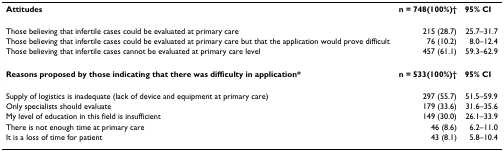
<table><thead><tr><td><b>Attitudes</b></td><td><b>n = 748(100%)†</b></td><td><b>95% CI</b></td></tr></thead><tbody><tr><td>Those believing that infertile cases could be evaluated at primary care</td><td>215 (28.7)</td><td>25.7–31.7</td></tr><tr><td>Those believing that infertile cases could be evaluated at primary care but that the application would prove difficult</td><td>76 (10.2)</td><td>8.0–12.4</td></tr><tr><td>Those believing that infertile cases cannot be evaluated at primary care level</td><td>457 (61.1)</td><td>59.3–62.9</td></tr><tr><td><b>Reasons proposed by those indicating that there was difficulty in application*</b></td><td><b>n = 533(100%)†</b></td><td><b>95% CI</b></td></tr><tr><td>Supply of logistics is inadequate (lack of device and equipment at primary care)</td><td>297 (55.7)</td><td>51.5–59.9</td></tr><tr><td>Only specialists should evaluate</td><td>179 (33.6)</td><td>31.6–35.6</td></tr><tr><td>My level of education in this field is insufficient</td><td>149 (30.0)</td><td>26.1–33.9</td></tr><tr><td>There is not enough time at primary care</td><td>46 (8.6)</td><td>6.2–11.0</td></tr><tr><td>It is a loss of time for patient</td><td>43 (8.1)</td><td>5.8–10.4</td></tr></tbody></table>